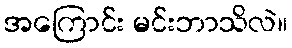
အကြောင်း မင်းဘာသိလဲ။